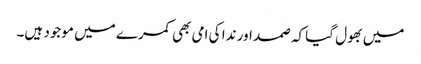
میں بھول گیا کہ صمد اور ندا کی امی بھی کمرے میں موجود ہیں۔